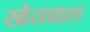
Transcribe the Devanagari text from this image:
खेतवाल